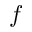
f